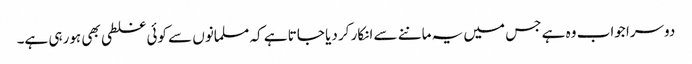
دوسرا جواب وہ ہے جس میں یہ ماننے سے انکار کر دیا جاتا ہے کہ مسلمانوں سے کوئی غلطی بھی ہورہی ہے۔